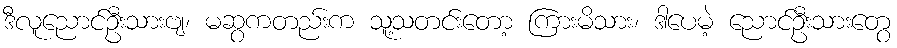
ဒီလူညောင်ဦးသားဗျ၊ မဆွကတည်းက သူ့သတင်းတော့ ကြားမိသား၊ ဒါပေမဲ့ ညောင်ဦးသားတွေ